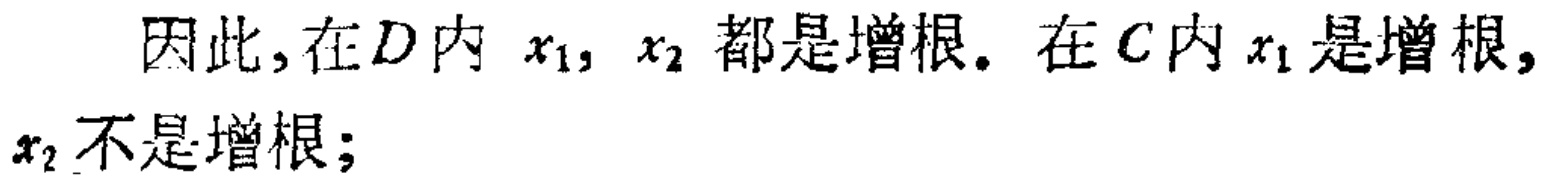
因此, 在$D$内 $x_1, x_2$ 都是增根. 在$C$内 $x_1$ 是增根, $x_2$ 不是增根;